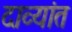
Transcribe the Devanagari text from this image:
दाव्यांत